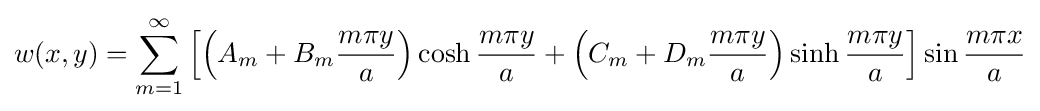
w(x,y)=\sum _{m=1}^{\infty }\left[\left(A_{m}+B_{m}{\frac {m\pi y}{a}}\right)\cosh {\frac {m\pi y}{a}}+\left(C_{m}+D_{m}{\frac {m\pi y}{a}}\right)\sinh {\frac {m\pi y}{a}}\right]\sin {\frac {m\pi x}{a}}